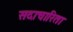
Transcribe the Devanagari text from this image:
सदाचारिता